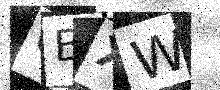
Text: GBXW